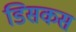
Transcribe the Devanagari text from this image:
डिसकस